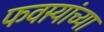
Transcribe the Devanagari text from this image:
फवार्‍यांच्या